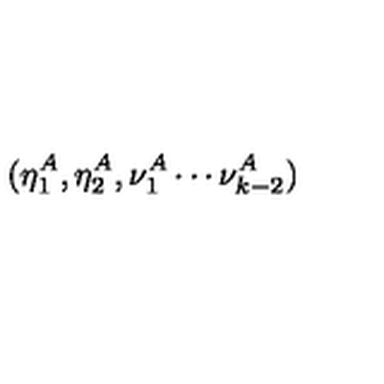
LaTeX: ( \eta _ { 1 } ^ { A } , \eta _ { 2 } ^ { A } , \nu _ { 1 } ^ { A } \cdots \nu _ { k - 2 } ^ { A } )